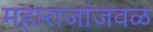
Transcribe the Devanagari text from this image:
महाराजांजवळ